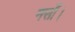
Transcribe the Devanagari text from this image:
नर्सों।